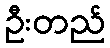
ဦးတည်